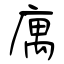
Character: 庽